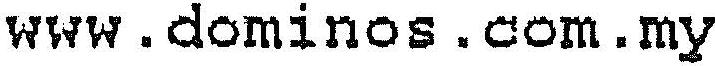
WWW.DOMINOS.COM.MY